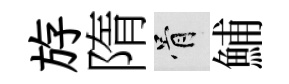
斿隋骨鯆